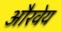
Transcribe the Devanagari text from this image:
औरवेय